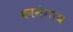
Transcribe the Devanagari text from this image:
कामेगाव